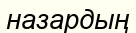
назардың